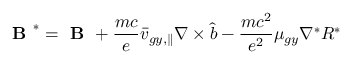
\textbf { B } ^ { * } = \textbf { B } + \frac { m c } { e } \bar { v } _ { g y , \parallel } \nabla \times \hat { b } - \frac { m c ^ { 2 } } { e ^ { 2 } } \mu _ { g y } \nabla ^ { * } R ^ { * }